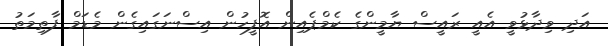
އަދި ވިދާޅުވީ އެއީ ރައީސް ޔާމީންގެ ކެމްޕެއިން އޮފީހުން އިސްނަގައިގެން މެޑަމް ފާތިމަތު